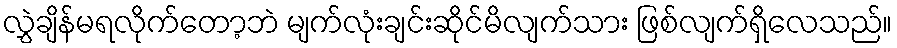
လွှဲချိန်မရလိုက်တော့ဘဲ မျက်လုံးချင်းဆိုင်မိလျက်သား ဖြစ်လျက်ရှိလေသည်။